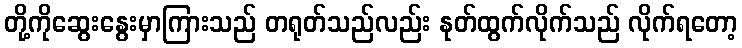
တို့ကိုဆွေးနွေးမှာကြားသည် တရုတ်သည်လည်း နုတ်ထွက်လိုက်သည် လိုက်ရတော့